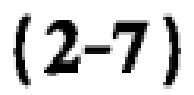
$(2 - 7)$